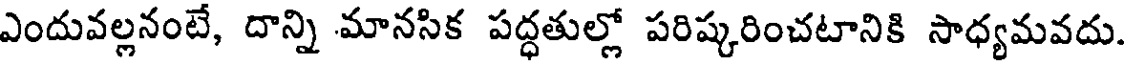
ఎందువల్లనంటే, దాన్ని మానసిక పద్ధతుల్లో పరిష్కరించటానికి సాధ్యమవదు